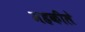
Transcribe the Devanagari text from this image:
महकीले